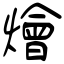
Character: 燴